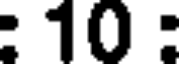
: 10 :